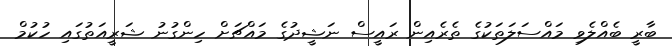
ބާރީ ބެއްލެވި މައްސަލަތަކުގެ ތެރެއިން ރައީސް ނަޝީދުގެ މައްޗަށް ހިންގުނު ޝަރީއަތުގައި ހުކުމް